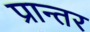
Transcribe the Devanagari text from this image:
प्रान्तर